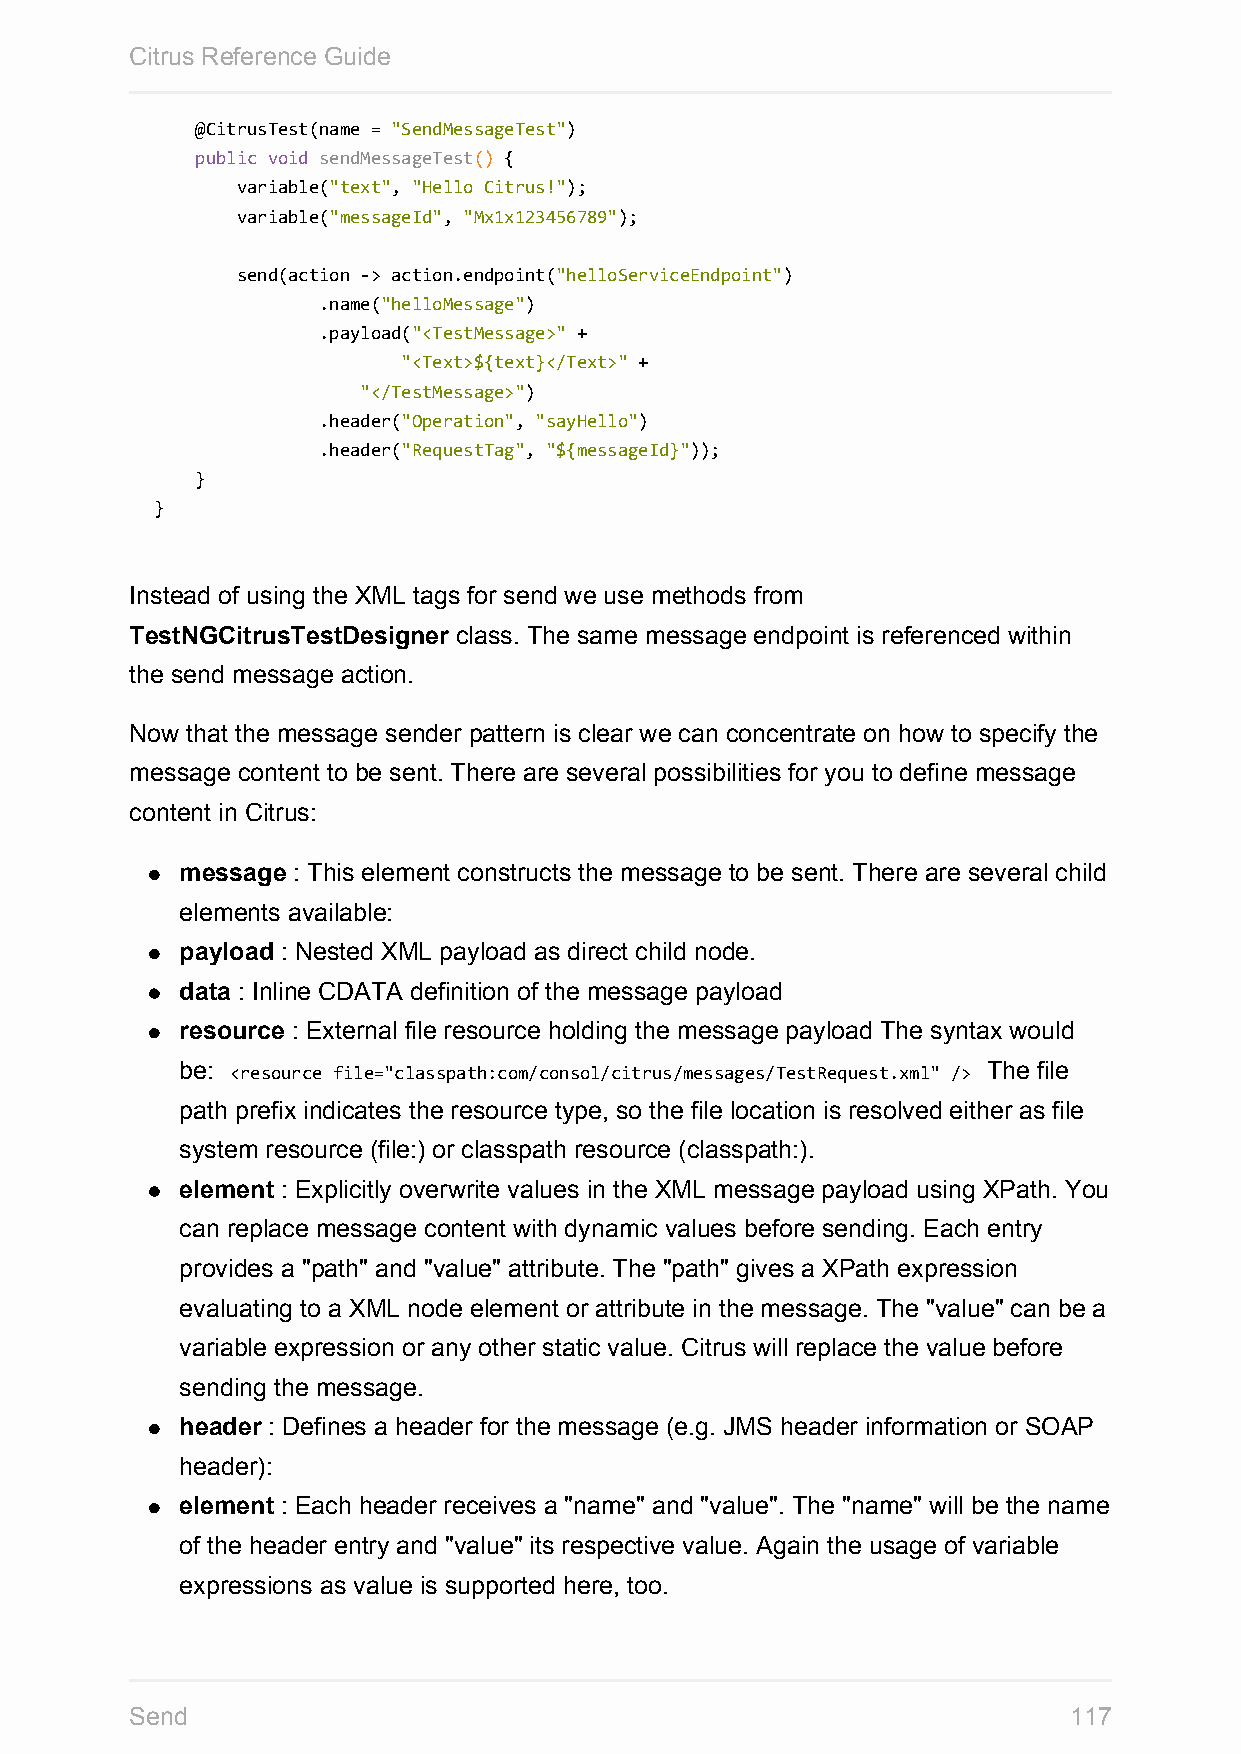
Citrus Reference Guide
 @CitrusTest(name = "SendMessageTest")
 public void sendMessageTest() {
 variable("text", "Hello Citrus!");
 variable("messageId", "Mx1x123456789");
 send(action -> action.endpoint("helloServiceEndpoint")
 .name("helloMessage")
 .payload("<TestMessage>" +
 "<Text>${text}</Text>" +
 "</TestMessage>")
 .header("Operation", "sayHello")
 .header("RequestTag", "${messageId}"));
 }
 }
 Instead of using the XML tags for send we use methods from
 TestNGCitrusTestDesigner class. The same message endpoint is referenced within
 the send message action.
 Now that the message sender pattern is clear we can concentrate on how to specify the
 message content to be sent. There are several possibilities for you to define message
 content in Citrus:
 message : This element constructs the message to be sent. There are several child
 elements available:
 payload : Nested XML payload as direct child node.
 data : Inline CDATA definition of the message payload
 resource : External file resource holding the message payload The syntax would
 be: <resource file="classpath:com/consol/citrus/messages/TestRequest.xml" /> The file
 path prefix indicates the resource type, so the file location is resolved either as file
 system resource (file:) or classpath resource (classpath:).
 element : Explicitly overwrite values in the XML message payload using XPath. You
 can replace message content with dynamic values before sending. Each entry
 provides a "path" and "value" attribute. The "path" gives a XPath expression
 evaluating to a XML node element or attribute in the message. The "value" can be a
 variable expression or any other static value. Citrus will replace the value before
 sending the message.
 header : Defines a header for the message (e.g. JMS header information or SOAP
 header):
 element : Each header receives a "name" and "value". The "name" will be the name
 of the header entry and "value" its respective value. Again the usage of variable
 expressions as value is supported here, too.
 Send                                                          117